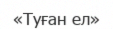
«Туған ел»